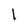
Character: 1